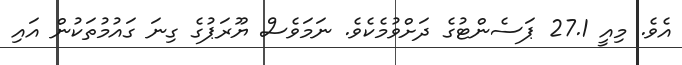
އެވެ. މިއީ 27.1 ޕަސެންޓުގެ ދަށްވުމެކެވެ. ނަމަވެސް ޔޫރަޕުގެ ގިނަ ގައުމުތަކުން އައި